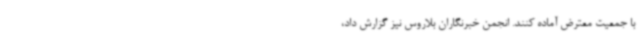
با جمعیت معترض آماده کنند. انجمن خبرنگاران بلاروس نیز گزارش داد،